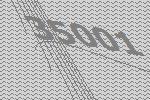
35001